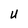
Character: U